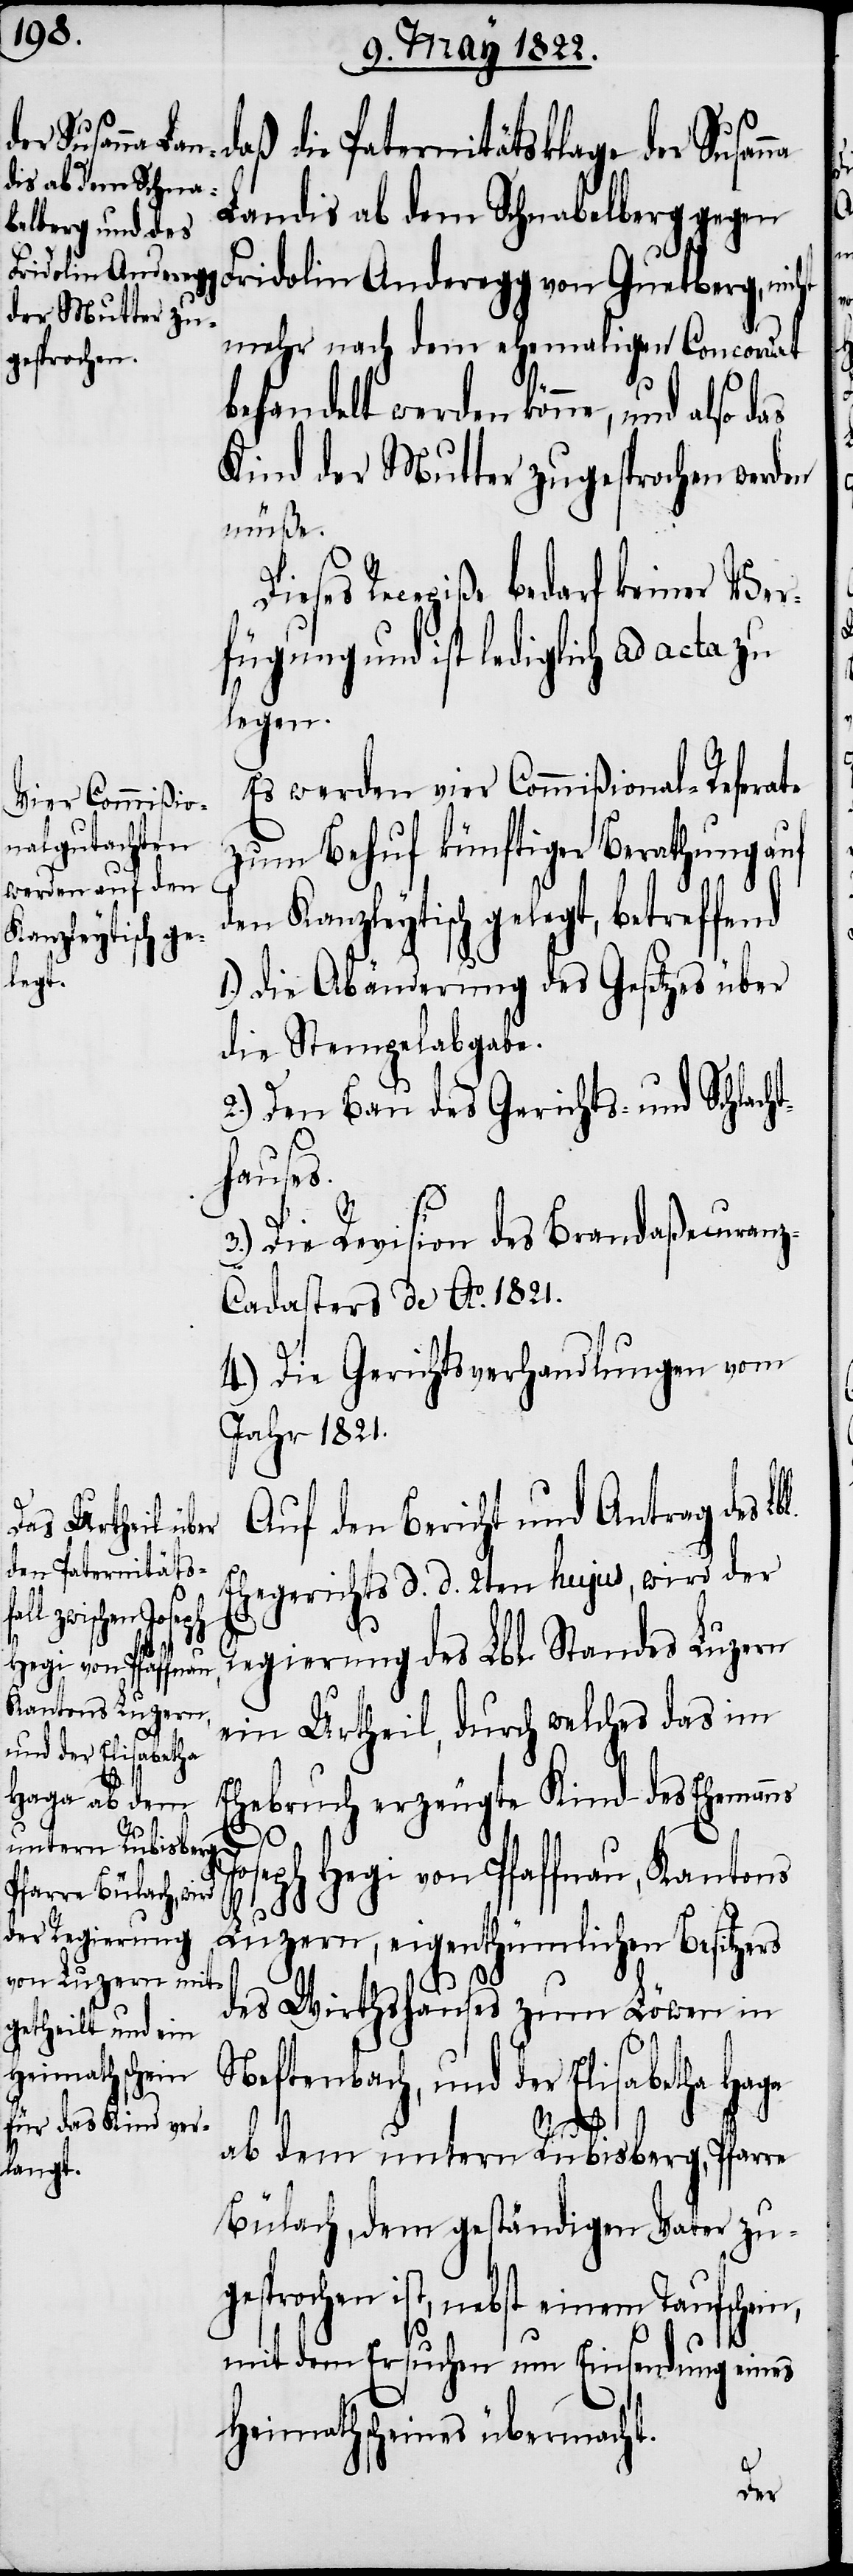
ß die Paternitätsklage der Susan¬
Landis ab dem Schnabelberg gegen
Fridolin Anderegg von Guetberg, nic¬
mehr nach dem ehemaligen Concordat
behandelt werden könne, und also das
Kind der Mutter zugesprochen werden
müße.
ses Recepiße bedarf keiner Ver¬
fügung und ist lediglich ad acta zu
legen.
Auf den Bericht und Antrag des L¬
Ehegerichts d. d. 2ten hujus, wird der
Regierung des Lbl. Standes Luzern
ein Urtheil, durch welches das im
Ehebruch erzeugte Kind des Eheman¬
Joseph Hegi von Pfaffnau, Kantons
Luzern, eigenthümlichen Besitze¬
des Wirthshauses zum Löwen in
Neftenbach, und der Elisabetha Haga
ht
rs
ab dem untern Rubisberg, Pfarre
Bülach, dem geständigen Vater zu¬
gesprochen ist, nebst einem Taufschein,
mit dem Ersuchen um Einsendung eines
Heimathscheins übermacht.